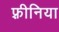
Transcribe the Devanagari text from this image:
फ़्रीनिया